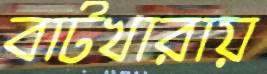
বাটখারায়